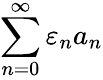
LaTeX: \sum_{n=0}^{\infty}\varepsilon_{n}a_{n}